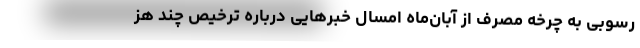
رسوبی به چرخه مصرف از آبان‌ماه امسال خبر‌هایی درباره ترخیص چند هز